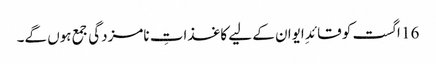
16 اگست کو قائدِ ایوان کے لیے کاغذاتِ نامزدگی جمع ہوں گے۔